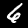
Label: 6